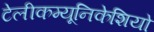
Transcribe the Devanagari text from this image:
टेलीकम्यूनिकेशियो